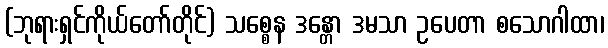
(ဘုရားရှင်ကိုယ်တော်တိုင်) သစ္စေန ဒန္တော ဒမသာ ဥပေတာ စသောဂါထာ၊